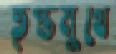
তৃপ্তমুখে